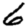
Digit: 6